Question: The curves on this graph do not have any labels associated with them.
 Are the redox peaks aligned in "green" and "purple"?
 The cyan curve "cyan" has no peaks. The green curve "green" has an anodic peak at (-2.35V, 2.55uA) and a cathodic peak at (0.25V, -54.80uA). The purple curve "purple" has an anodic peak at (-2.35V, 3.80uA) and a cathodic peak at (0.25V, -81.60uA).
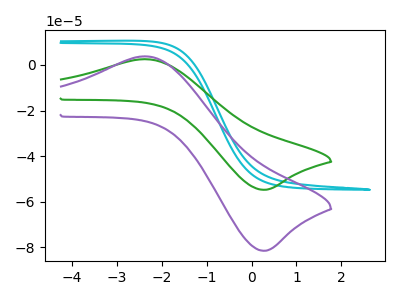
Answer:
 <answer>Yes, "green" have a peak in "purple" at the same potential.</answer>
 <eval>match</eval>